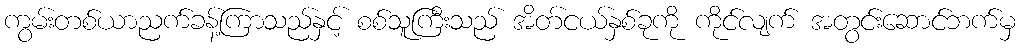
ကွမ်းတစ်ယာညက်ခန့်ကြာသည်နှင့် စစ်သူကြီးသည် အိတ်ငယ်နှစ်ခုကို ကိုင်လျက် အတွင်းဆောင်ဘက်မှ